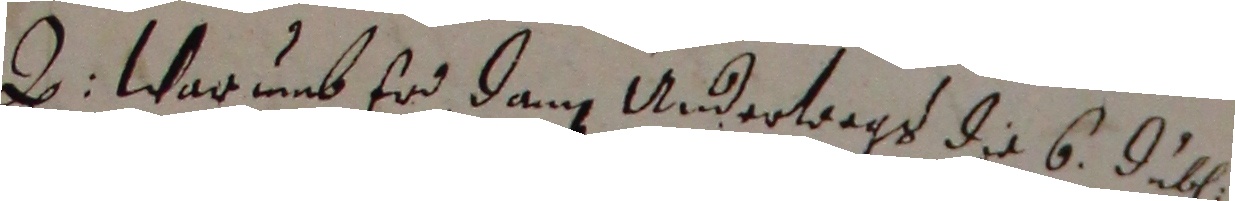
d. warumb er dann undervogt die 6. jugen